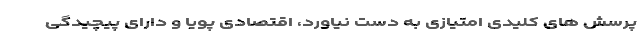
پرسش ­های کلیدی امتیازی به دست نیاورد، اقتصادی پویا و دارای پیچیدگی